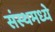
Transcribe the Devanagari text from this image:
संस्थमध्ये